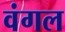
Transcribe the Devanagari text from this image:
वंगल